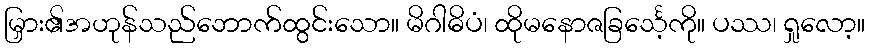
မြှား၏အဟုန်သည်ဘောက်ထွင်းသော။ မိဂါဓိပံ၊ ထိုမနောဇခြင်္သေ့ကို။ ပဿ၊ ရှုလော့။